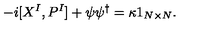
- i [ X ^ { I } , P ^ { I } ] + \psi \psi ^ { \dagger } = \kappa 1 _ { N \times N } .